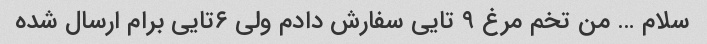
سلام … من تخم مرغ ۹ تایی سفارش دادم ولی ۶تایی برام ارسال شده